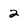
Character: 2